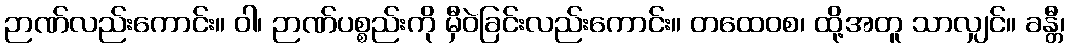
ဉာဏ်လည်းကောင်း။ ဝါ၊ ဉာဏ်ပစ္စည်းကို မှီဝဲခြင်းလည်းကောင်း။ တထေဝစ၊ ထို့အတူ သာလျှင်။ ခန္တီ၊